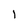
Character: 1